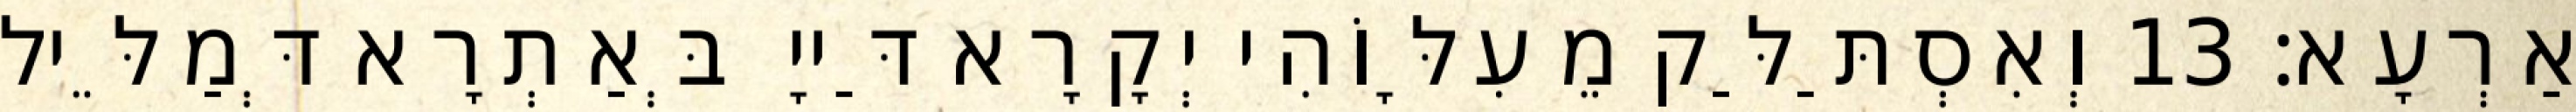
אַרְעָא׃ 13 וְאִסְתַּלַּק מֵעִלָּוֹהִי יְקָרָא דַּייָ בְּאַתְרָא דְּמַלֵּיל